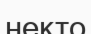
некто